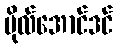
ဗိုလ်အောင်ဒင်